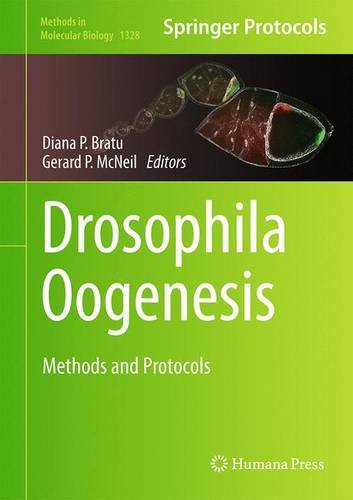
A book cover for Drosophila Oogenesis: Methods and Protocols (Methods in Molecular Biology); Computers & Technology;